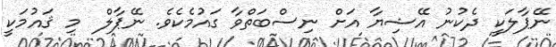
ނޭޕާލަކީ ދެކުނު އޭޝިޔާ އަށް ނިސްބަތްވާ ގައުމެކެވެ. ނޭޕާލް  މި ޤައުމަކީ